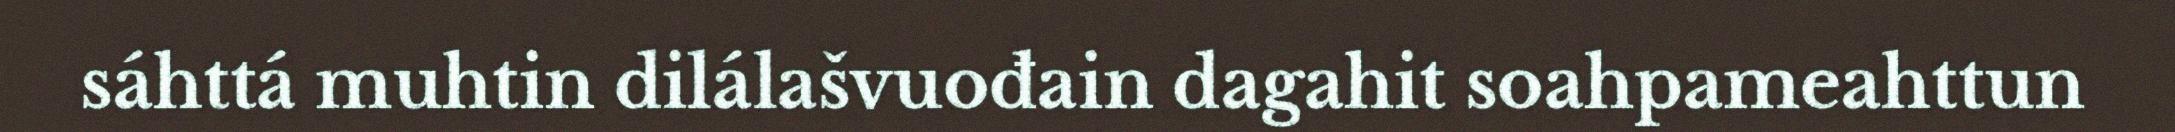
sáhttá muhtin dilálašvuođain dagahit soahpameahttun